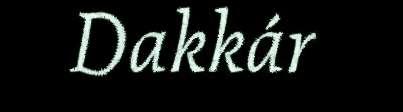
Dakkár